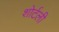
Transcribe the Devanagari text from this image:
शोर्टली